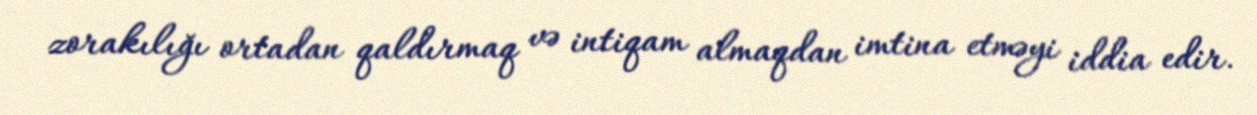
zorakılığı ortadan qaldırmaq və intiqam almaqdan imtina etməyi iddia edir.